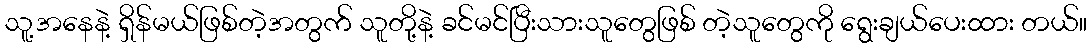
သူ့အနေနဲ့ ရှိန်မယ်ဖြစ်တဲ့အတွက် သူတို့နဲ့ ခင်မင်ပြီးသားသူတွေဖြစ် တဲ့သူတွေကို ရွေးချယ်ပေးထား တယ်။